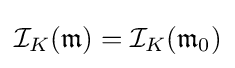
{\mathcal {I}}_{K}({\mathfrak {m}})={\mathcal {I}}_{K}({\mathfrak {m}}_{0})